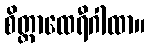
စိတ္တာထေရီဂါထာ။